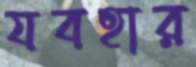
যবহার